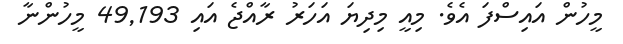
މީހުން އައިސްފަ އެވެ. މިއީ މިދިޔަ އަހަރު ރާއްޖެ އައި 49